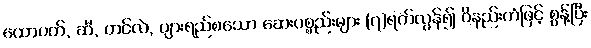
ထောပတ်, ဆီ, တင်လဲ, ပျားရည်စသော ဆေးပစ္စည်းများ (၇)ရက်လွန်၍ ဝိနည်းကံဖြင့် စွန့်ပြီး